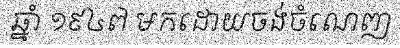
ឆ្នាំ ១៩៤៧ មកដោយចង់ចំណេញ